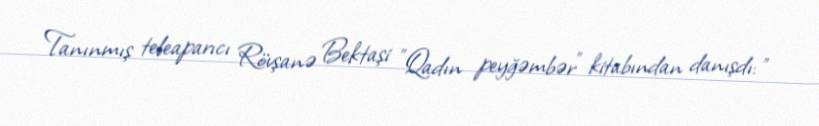
Tanınmış teleaparıcı Rövşanə Bektaşi "Qadın peyğəmbər" kitabından danışdı: "